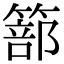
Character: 篰